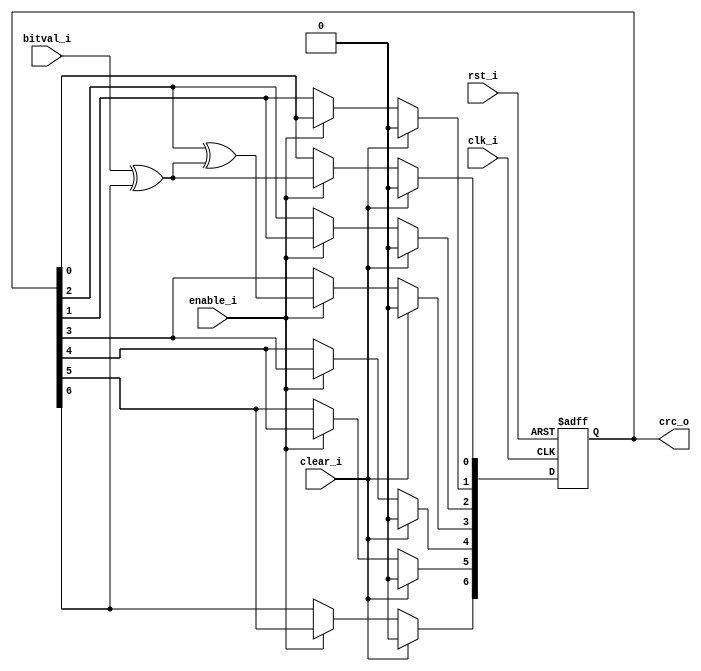
//-----------------------------------------------------------------
//                MMC (and derivative standards) Host
//                            V0.1
//                     Ultra-Embedded.com
//                        Copyright 2020
//
//                   admin@ultra-embedded.com
//
//                     License: Apache 2.0
//-----------------------------------------------------------------
// Copyright 2020 Ultra-Embedded.com
// 
// Licensed under the Apache License, Version 2.0 (the "License");
// you may not use this file except in compliance with the License.
// You may obtain a copy of the License at
// 
//     http://www.apache.org/licenses/LICENSE-2.0
// 
// Unless required by applicable law or agreed to in writing, software
// distributed under the License is distributed on an "AS IS" BASIS,
// WITHOUT WARRANTIES OR CONDITIONS OF ANY KIND, either express or implied.
// See the License for the specific language governing permissions and
// limitations under the License.
//-----------------------------------------------------------------
//-----------------------------------------------------------------
// Module: CRC7
//-----------------------------------------------------------------
module mmc_crc7
(
     input        clk_i
    ,input        rst_i
    ,input        clear_i    
    ,input        bitval_i
    ,input        enable_i
    ,output [6:0] crc_o
);

reg    [6:0] crc_q;   

always @ (posedge clk_i or posedge rst_i)
if (rst_i)
    crc_q <= 7'b0;
else if (clear_i)
    crc_q <= 7'b0;
else if (enable_i)
begin
    crc_q[6] <= crc_q[5];
    crc_q[5] <= crc_q[4];
    crc_q[4] <= crc_q[3];
    crc_q[3] <= crc_q[2] ^ (bitval_i ^ crc_q[6]);
    crc_q[2] <= crc_q[1];
    crc_q[1] <= crc_q[0];
    crc_q[0] <= bitval_i ^ crc_q[6];
end

assign crc_o = crc_q;

endmodule